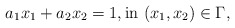
\begin{align*} a_1 x_1 + a_2 x_2 = 1, \hbox{in $(x_1, x_2) \in \Gamma$,}\end{align*}